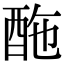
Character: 𨠑